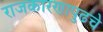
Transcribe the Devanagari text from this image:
राजकारणापुढचे